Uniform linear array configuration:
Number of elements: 8
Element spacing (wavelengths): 0.25
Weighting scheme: hamming
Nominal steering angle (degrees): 0
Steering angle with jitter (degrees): -1.965
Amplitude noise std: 0.05
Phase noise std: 0.05

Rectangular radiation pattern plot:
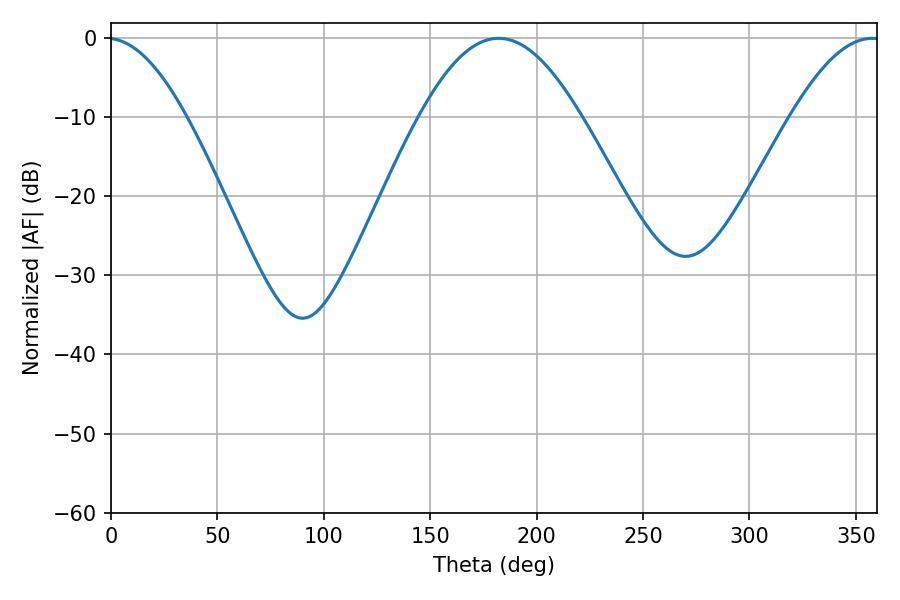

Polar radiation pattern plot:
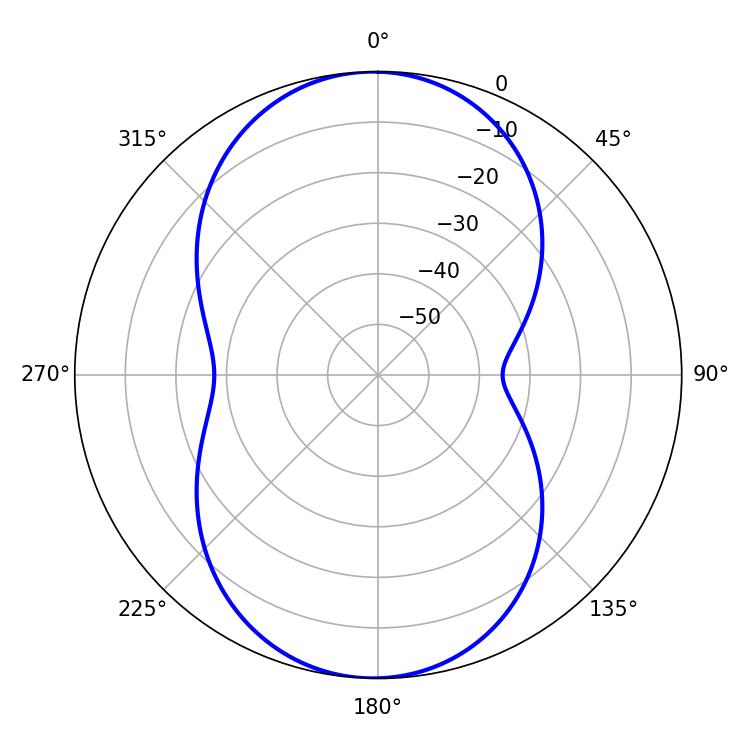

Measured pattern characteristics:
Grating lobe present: FALSE
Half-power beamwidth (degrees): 41.04
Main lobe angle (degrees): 182.16